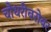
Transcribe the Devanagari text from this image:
चौधरीबरोबर